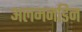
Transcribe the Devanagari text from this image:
अलमनडिन